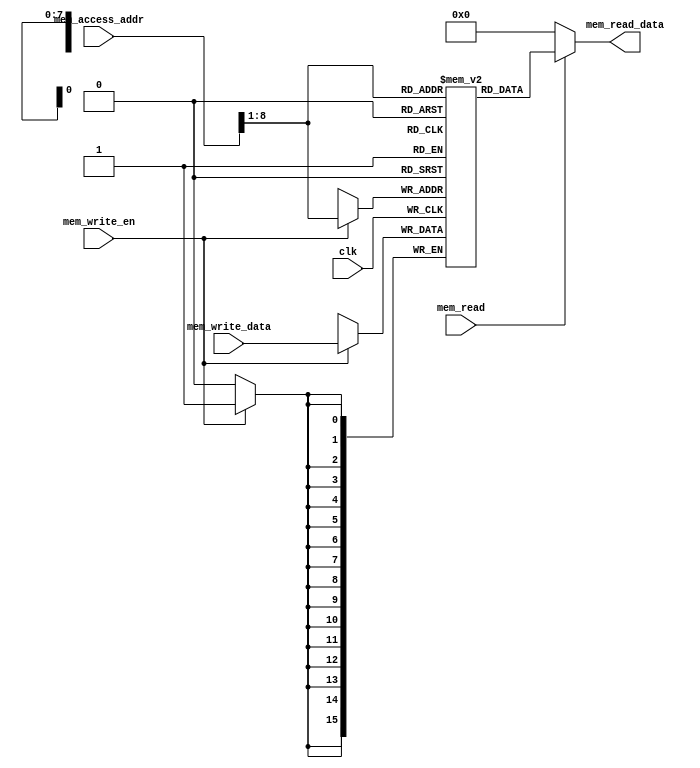
`timescale 1ns / 1ps
//////////////////////////////////////////////////////////////////////////////////
// Company: 
// Engineer: 
// 
// Design Name: 
// Module Name:    dataMemory 
// Project Name: 
// Target Devices: 
// Tool versions: 
// Description: 
//
// Dependencies: 
//
// Revision: 
// Revision 0.01 - File Created
// Additional Comments: 
//
//////////////////////////////////////////////////////////////////////////////////
module dataMemory(
   input                         clk,  
      input     [15:0]               mem_access_addr,  
      input     [15:0]               mem_write_data,  
      input mem_read, mem_write_en, 
      // read port  
      output     [15:0]               mem_read_data  
    );
   integer i;  
      reg [15:0] ram [255:0];  
      wire [7 : 0] ram_addr = mem_access_addr[8 : 1];  
      initial begin  
           for(i=0; i<256;i=i+1)  
                ram[i] <= 16'd0;  
      end   
      always @(posedge clk) begin  
           if (mem_write_en)  
                ram[ram_addr] <= mem_write_data;  
      end  
      assign mem_read_data = (mem_read==1'b1) ? ram[ram_addr]: 16'd0;
endmodule